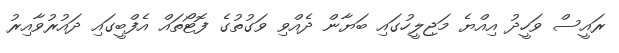
ރައީސް ވަހީދު އިއްޔެ މަޖިލީހުގައި ބަޔާން ދެއްވި ވަގުތުގެ ފޮޓޯތައް އެފްބީގައި ދައުރުވާއިރު